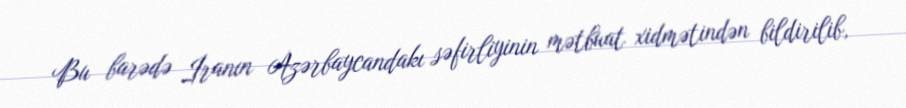
Bu barədə İranın Azərbaycandakı səfirliyinin mətbuat xidmətindən bildirilib,